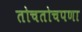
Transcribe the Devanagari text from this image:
तोचतोचपणा